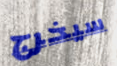
سيخرج